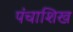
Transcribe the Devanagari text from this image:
पंचाशिख